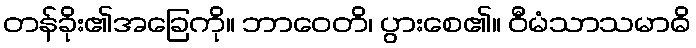
တန်ခိုး၏အခြေကို။ ဘာဝေတိ၊ ပွားစေ၏။ ဝီမံသာသမာဓိ